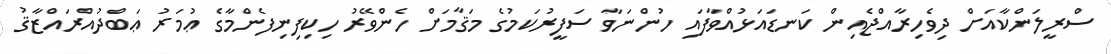
ސްރީލަންކާއަށް ދިވެހިރާއްޖެއިން ކަނޑައަޅުއްވާފައި ހުންނަވާ ސަފީރުކަމުގެ މަޤާމަށް ހެންވޭރު ހިކިފިނިފެންމާގެ ޢުމަރު ޢަބްދުއްރައްޒާޤު